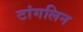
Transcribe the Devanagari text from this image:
टांगलिन